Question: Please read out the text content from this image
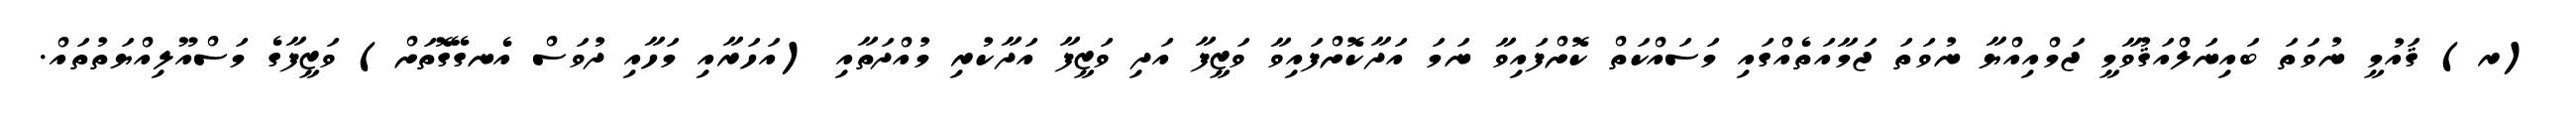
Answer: (ރ) ޤައުމީ ނުވަތަ ބައިނަލްއަޤުވާމީ ޖަމްއިއްޔާ ނުވަތަ ޖަމާއަތެއްގައި މަސައްކަތް ކޮށްފައިވާ ނަމަ އަދާކޮށްފައިވާ ވަޒީފާ އަދި ވަޒީފާ އަދާކުރި މުއްދަތާއި (އަހަރާއި މަހާއި ދުވަސް އެނގޭގޮތަށް) ވަޒީފާގެ މަސްއޫލިއްޔަތުތައް.